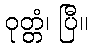
ဝုတ္တံ၊ ပြီ။